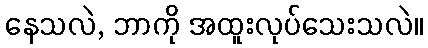
နေသလဲ, ဘာကို အထူးလုပ်သေးသလဲ။